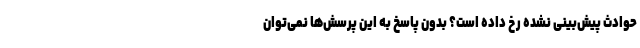
حوادث پیش‌بینی نشده رخ داده است؟ بدون پاسخ به این پرسش‌ها نمی‌توان